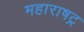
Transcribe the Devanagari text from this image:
महाराषट्र